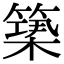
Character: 𥲒